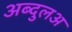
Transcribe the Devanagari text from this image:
अब्दुलअ